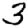
Digit: 3